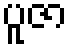
ပူဇာ